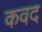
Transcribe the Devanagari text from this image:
कवद